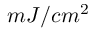
m J / c m ^ { 2 }